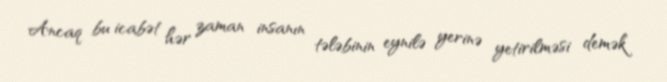
Ancaq bu icabət hər zaman insanın tələbinin eynilə yerinə yetirilməsi demək